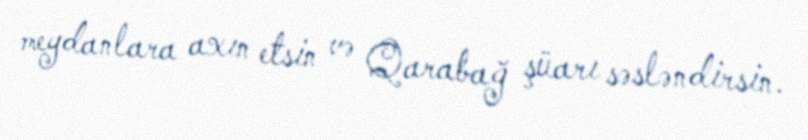
meydanlara axın etsin və Qarabağ şüarı səsləndirsin.